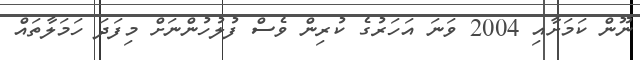
ނޫން ކަމަށާއި 2004 ވަނަ އަހަރުގެ ކުރިން ވެސް ފުލުހުންނަށް މިފަދަ ހަމަލާތައް